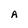
Character: A